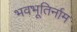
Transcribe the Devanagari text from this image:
भवभूतिर्नाम